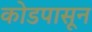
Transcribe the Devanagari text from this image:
कोडपासून